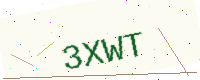
Text: 3XWT